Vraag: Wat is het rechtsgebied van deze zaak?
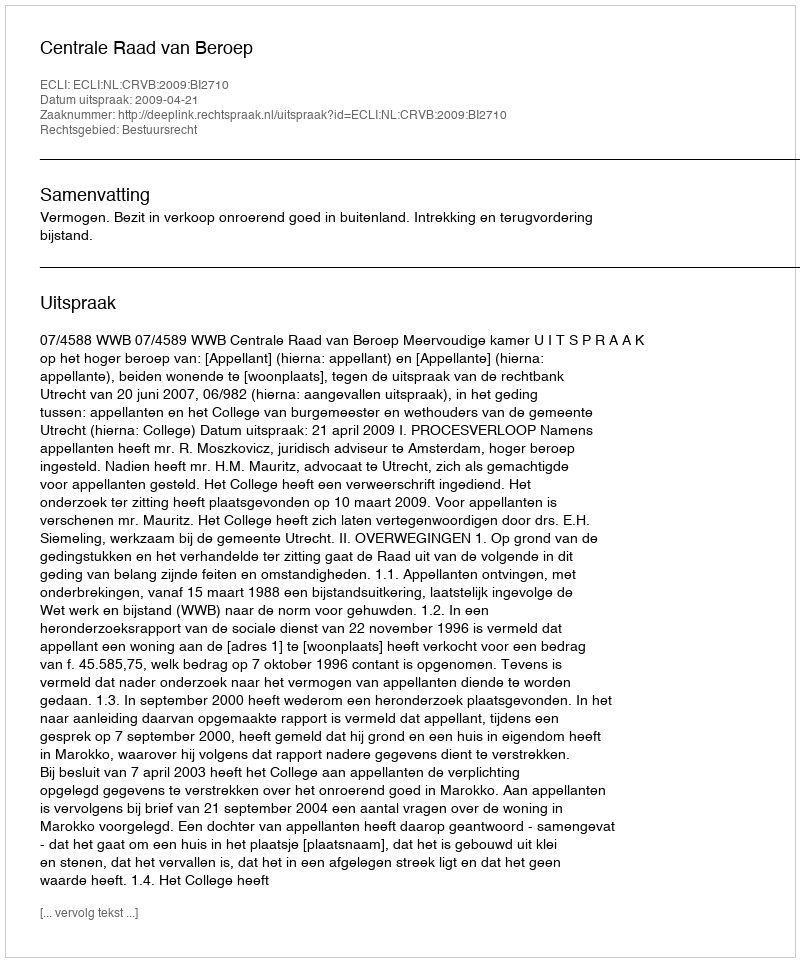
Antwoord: Bestuursrecht